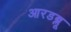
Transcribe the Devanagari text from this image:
आरडब्लू